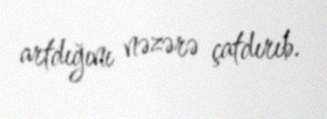
artdığını nəzərə çatdırıb.